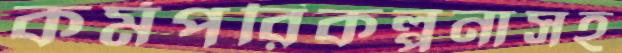
কর্মপরিকল্পনাসহ